Civil Veterinary Department Bengal reports 1933-51 - 1933-1951
Year: 1933
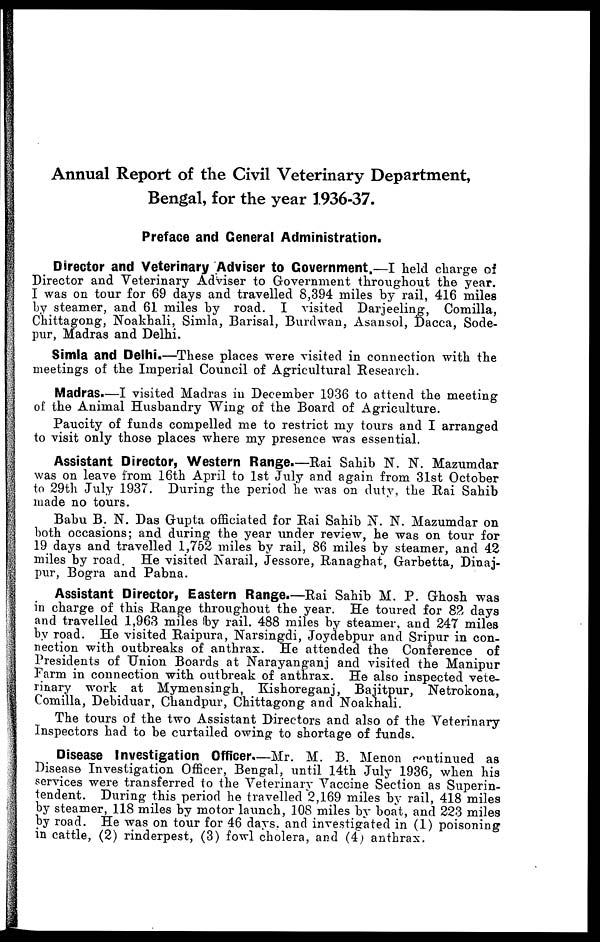
Annual Report of the Civil Veterinary Department,
Bengal, for the year 1936-37.
Preface and General Administration.
Director and Veterinary Adviser to Government.—I held charge of
Director and Veterinary Adviser to Government throughout the year.
I was on tour for 69 days and travelled 8,394 miles by rail, 416 miles
by steamer, and 61 miles by road. I visited Darjeeling, Comilla,
Chittagong, Noakhali, Simla, Barisal, Burdwan, Asansol, Dacca, Sode-
pur, Madras and Delhi.
Simla and Delhi.—These places were visited in connection with the
meetings of the Imperial Council of Agricultural Research.
Madras.—I visited Madras in December 1936 to attend the meeting
of the Animal Husbandry Wing of the Board of Agriculture.
Paucity of funds compelled me to restrict my tours and I arranged
to visit only those places where my presence was essential.
Assistant Director, Western Range.—Rai Sahib N. N. Mazumdar
was on leave from 16th April to 1st July and again from 31st October
to 29th July 1937. During the period he was on duty, the Rai Sahib
made no tours.
Babu B. N. Das Gupta officiated for Rai Sahib N. N. Mazumdar on
both occasions; and during the year under review, he was on tour for
19 days and travelled 1,752 miles by rail, 86 miles by steamer, and 42
miles by road. He visited Narail, Jessore, Ranaghat, Garbetta, Dinaj-
pur, Bogra and Pabna.
Assistant Director, Eastern Range.—Rai Sahib M. P. Ghosh was
in charge of this Range throughout the year. He toured for 82 days
and travelled 1,963 miles by rail, 488 miles by steamer, and 247 miles
by road. He visited Raipura, Narsingdi, Joydebpur and Sripur in con-
nection with outbreaks of anthrax. He attended the Conference of
Presidents of Union Boards at Narayanganj and visited the Manipur
Farm in connection with outbreak of anthrax. He also inspected vete-
rinary work at Mymensingh, Kishoreganj, Bajitpur, Netrokona,
Comilla, Debiduar, Chandpur, Chittagong and Noakhali.
The tours of the two Assistant Directors and also of the Veterinary
Inspectors had to be curtailed owing to shortage of funds.
Disease Investigation Officer.—Mr. M. B. Menon continued as
Disease Investigation Officer, Bengal, until 14th July 1936, when his
services were transferred to the Veterinary Vaccine Section as Superin-
tendent. During this period he travelled 2,169 miles by rail, 418 miles
by steamer, 118 miles by motor launch, 108 miles by boat, and 223 miles
by road. He was on tour for 46 days, and investigated in (1) poisoning
in cattle, (2) rinderpest, (3) fowl cholera, and (4) anthrax.